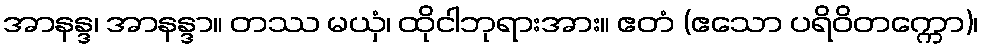
အာနန္ဒ၊ အာနန္ဒာ။ တဿ မယှံ၊ ထိုငါဘုရားအား။ ဧတံ (ဧသော ပရိဝိတက္ကော)၊